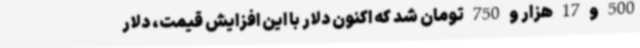
500 و 17 هزار و 750 تومان شد که اکنون دلار با این افزایش قیمت، دلار